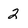
Character: 2